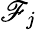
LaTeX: \mathscr{F}_{j}